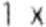
1 X